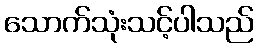
သောက်သုံးသင့်ပါသည်